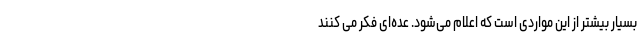
بسیار بیشتر از این مواردی است که اعلام می‌شود. عده‌ای فکر می کنند